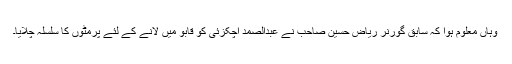
وہاں معلوم ہوا کہ سابق گورنر ریاض حسین صاحب نے عبدالصمد اچکزئی کو قابو میں لانے کے لئے پرمٹوں کا سلسلہ چلایا۔